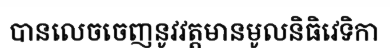
បានលេចចេញនូវវត្តមានមូលនិធិវេទិកា